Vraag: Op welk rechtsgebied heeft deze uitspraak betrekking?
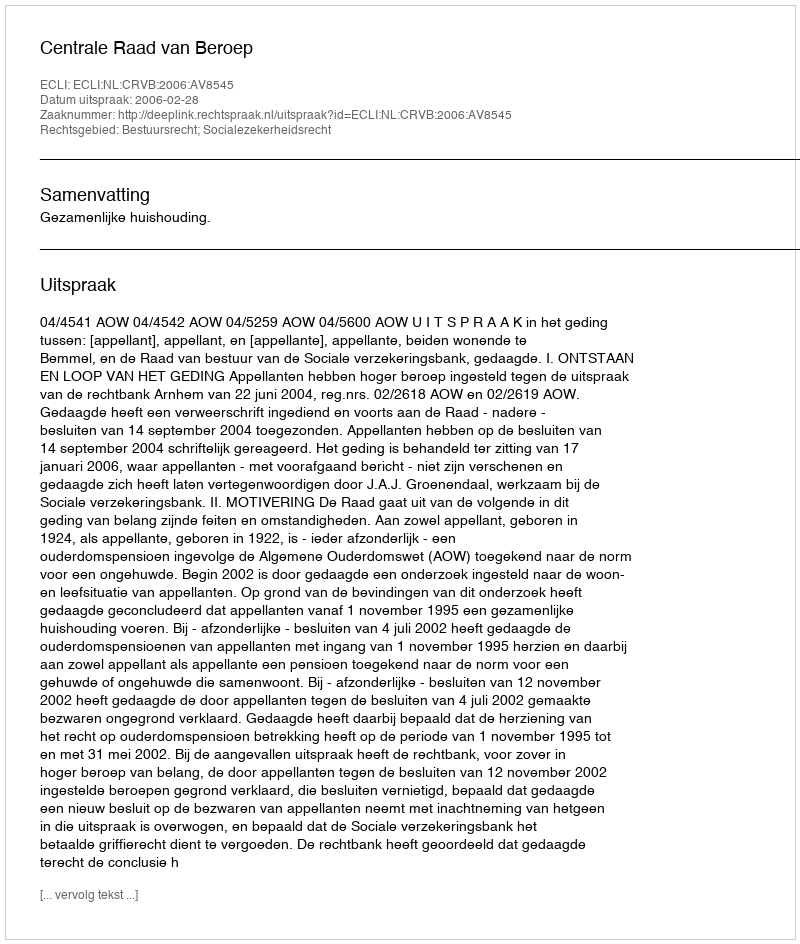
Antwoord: Bestuursrecht; Socialezekerheidsrecht